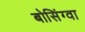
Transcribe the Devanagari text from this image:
बोसिंग्वा